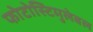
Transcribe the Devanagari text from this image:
फोटोस्टिमुलेबल